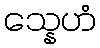
သ္နေဟံ